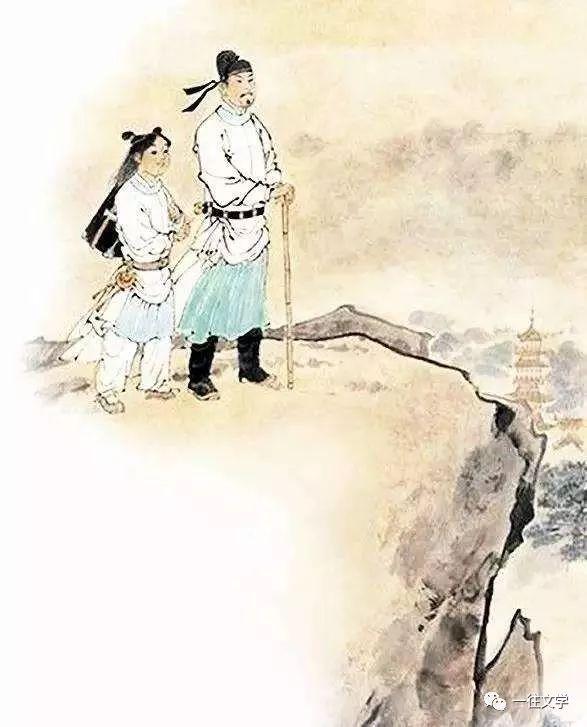
万里悲秋常作客，百年多病独登台。